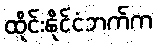
ထိုင်းနိုင်ငံဘက်က